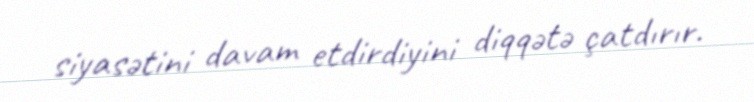
siyasətini davam etdirdiyini diqqətə çatdırır.